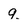
Character: 9